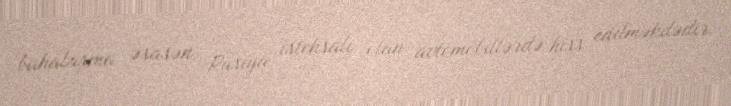
bahalaşma əsasən Rusiya istehsalı olan avtomobillərdə hiss edilməkdədir.